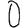
Digit: 0